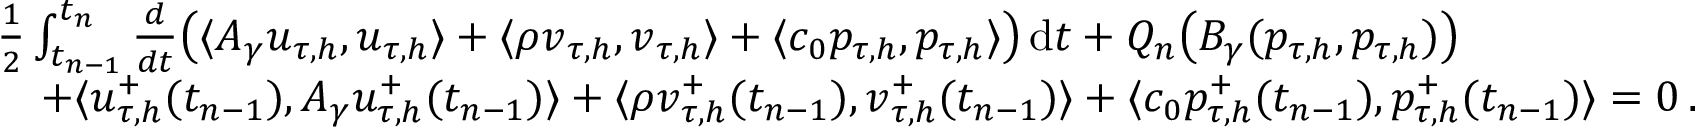
\begin{array} { r l } & { \frac { 1 } { 2 } \int _ { t _ { n - 1 } } ^ { t _ { n } } \frac { d } { d t } \big ( \langle \boldsymbol A _ { \gamma } \boldsymbol u _ { \tau , h } , \boldsymbol u _ { \tau , h } \rangle + \langle \rho \boldsymbol v _ { \tau , h } , \boldsymbol v _ { \tau , h } \rangle + \langle c _ { 0 } p _ { \tau , h } , p _ { \tau , h } \rangle \big ) \, \mathrm { d } t + Q _ { n } \big ( B _ { \gamma } ( p _ { \tau , h } , p _ { \tau , h } ) \big ) } \\ & { \quad + \langle \boldsymbol u _ { \tau , h } ^ { + } ( t _ { n - 1 } ) , \boldsymbol A _ { \gamma } u _ { \tau , h } ^ { + } ( t _ { n - 1 } ) \rangle + \langle \rho \boldsymbol v _ { \tau , h } ^ { + } ( t _ { n - 1 } ) , \boldsymbol v _ { \tau , h } ^ { + } ( t _ { n - 1 } ) \rangle + \langle c _ { 0 } p _ { \tau , h } ^ { + } ( t _ { n - 1 } ) , p _ { \tau , h } ^ { + } ( t _ { n - 1 } ) \rangle = 0 \, . } \end{array}